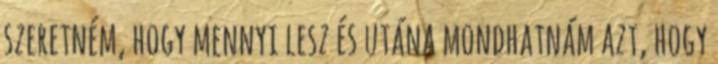
szeretném, hogy mennyi lesz és utána mondhatnám azt, hogy